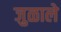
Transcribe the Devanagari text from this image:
जुळाले